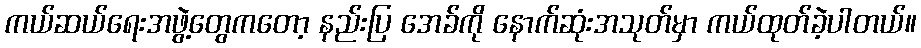
ကယ်ဆယ်ရေးအဖွဲ့တွေကတော့ နည်းပြ အေခ်ကို နောက်ဆုံးအသုတ်မှာ ကယ်ထုတ်ခဲ့ပါတယ်။